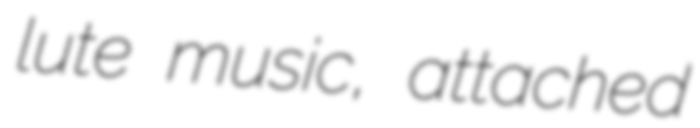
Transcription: lute music, attached